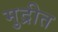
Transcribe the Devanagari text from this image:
मुद्रीत